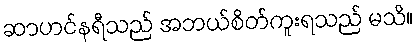
ဆာဟင်နရီသည် အဘယ်စိတ်ကူးရသည် မသိ။